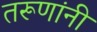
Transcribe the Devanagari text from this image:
तरूणांनी